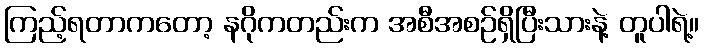
ကြည့်ရတာကတော့ နဂိုကတည်းက အစီအစဉ်ရှိပြီးသားနဲ့ တူပါရဲ့။